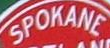
SPOKANE